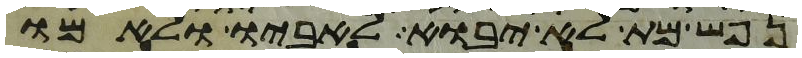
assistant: נפש מת לא יבוא לאביו ולאמו